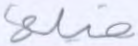
قبلها